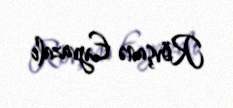
Rövşanə Eyvazalı